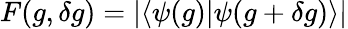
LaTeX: F(g,\delta g)=|\langle\psi(g)|\psi(g+\delta g)\rangle|